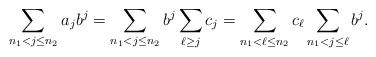
LaTeX: \begin{align*} \sum_{ n_1 < j \leq n_2 } a_j b^j = \sum_{ n_1 < j \leq n_2 } b^j \sum_{ \ell \geq j} c_j = \sum_{ n_1 < \ell \leq n_2 } c_\ell \sum_{ n_1 < j \leq \ell }b^j.\end{align*}